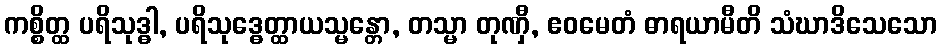
ကစ္စိတ္ထ ပရိသုဒ္ဓါ, ပရိသုဒ္ဓေတ္ထာယသ္မန္တော, တသ္မာ တုဏှီ, ဧဝမေတံ ဓာရယာမီတိ သံဃာဒိသေသော